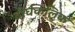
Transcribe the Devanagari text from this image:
दीर्घकलिक